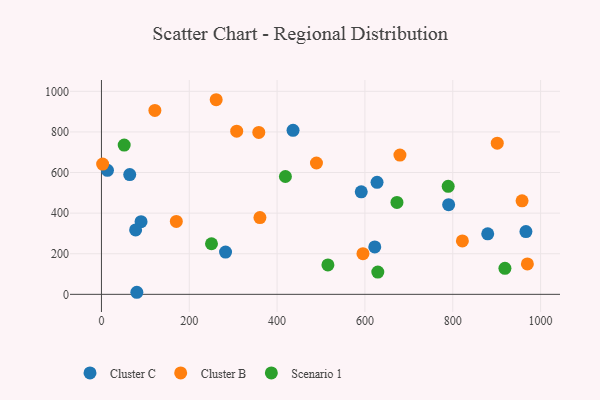
{"axis": {"x": "Experience", "y": "Sales"}, "legend": ["Cluster B", "Cluster C", "Scenario 1"], "data": [{"x": "282.6", "y": 208.2, "type": "Cluster C"}, {"x": "591.6", "y": 504.9, "type": "Cluster C"}, {"x": "90.2", "y": 358.0, "type": "Cluster C"}, {"x": "627.6", "y": 551.6, "type": "Cluster C"}, {"x": "13.7", "y": 610.9, "type": "Cluster C"}, {"x": "80.6", "y": 10.1, "type": "Cluster C"}, {"x": "790.6", "y": 441.5, "type": "Cluster C"}, {"x": "966.6", "y": 309.0, "type": "Cluster C"}, {"x": "64.4", "y": 590.1, "type": "Cluster C"}, {"x": "879.6", "y": 297.9, "type": "Cluster C"}, {"x": "77.8", "y": 317.1, "type": "Cluster C"}, {"x": "436.3", "y": 807.8, "type": "Cluster C"}, {"x": "622.4", "y": 233.4, "type": "Cluster C"}, {"x": "957.8", "y": 460.5, "type": "Cluster B"}, {"x": "969.9", "y": 149.6, "type": "Cluster B"}, {"x": "360.9", "y": 377.9, "type": "Cluster B"}, {"x": "901.3", "y": 744.6, "type": "Cluster B"}, {"x": "121.7", "y": 906.1, "type": "Cluster B"}, {"x": "358.3", "y": 797.4, "type": "Cluster B"}, {"x": "489.6", "y": 646.9, "type": "Cluster B"}, {"x": "595.5", "y": 200.0, "type": "Cluster B"}, {"x": "2.7", "y": 641.7, "type": "Cluster B"}, {"x": "170.5", "y": 359.3, "type": "Cluster B"}, {"x": "821.9", "y": 263.0, "type": "Cluster B"}, {"x": "679.7", "y": 685.9, "type": "Cluster B"}, {"x": "261.3", "y": 958.6, "type": "Cluster B"}, {"x": "308.0", "y": 803.6, "type": "Cluster B"}, {"x": "515.7", "y": 145.0, "type": "Scenario 1"}, {"x": "629.3", "y": 109.7, "type": "Scenario 1"}, {"x": "789.6", "y": 531.8, "type": "Scenario 1"}, {"x": "418.9", "y": 580.5, "type": "Scenario 1"}, {"x": "918.8", "y": 128.3, "type": "Scenario 1"}, {"x": "51.8", "y": 735.4, "type": "Scenario 1"}, {"x": "672.9", "y": 452.8, "type": "Scenario 1"}, {"x": "250.6", "y": 249.1, "type": "Scenario 1"}]}